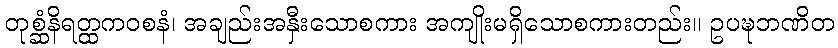
တုစ္ဆံနိရတ္ထကဝစနံ၊ အချည်းအနှီးသောစကား အကျိုးမရှိသောစကားတည်း။ ဥပဍ္ဎဘဏိတ